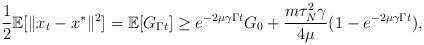
LaTeX: \begin{align*}\frac{1}{2}\mathbb{E}{[\|x_t-x^*\|^2]}=\mathbb{E}[G_{\Gamma t}] \geq e^{-2\mu\gamma\Gamma t}G_{0}+\frac{m\tau _{N}^{2}\gamma}{4\mu}(1-e^{-2\mu\gamma\Gamma t}),\end{align*}